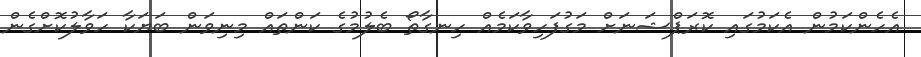
އެހެންކަމުން އެކަމުގައި ކޮރަޕްޝަނަށް މަގުފަހިވާކަމެއް ހިނގާތޯ ބެލުމުގެ ކަންތައް މިނިވަން ބަޔަކާ ހަވާލުކޮށްގެން